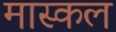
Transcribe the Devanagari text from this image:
मास्कल